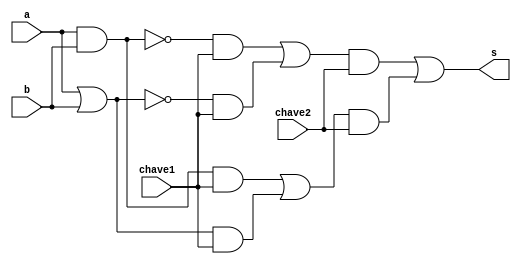
// -------------------------
// Exemplo0033 - F4 Utilizando Chave
// Nome: Fbio Fiuza Pereira
// -------------------------
// -------------------------
// f4_gate
// -------------------------


module f4 (output s, input a,input b, input chave1, input chave2);

wire s1, s2, s3, s4, s5, s6, s7, s8, s9, s10, s11, s12;

//portas nativas

and and1(s1, a, b);
or  or1 (s2, a, b);
nand nand1(s3, a, b);
nor  nor1 (s4, a, b);
and and2(s5, s1, chave1);
and and3(s6, s2, chave1);
and and4(s7, s3, chave1);
and and5(s8, s4, chave1);
or  or2 (s9, s5, s6);
or  or3 (s10, s7, s8);
and and6(s11, s9, chave2);
and and7(s12, s10, chave2);
or  or4 (s, s12, s11);


endmodule // f4
module test_f4;


// ------------------------- definir dados


reg x;
reg y;
reg chave1;
reg chave2;
wire s;
f4 modulo (s, x, y, chave1, chave2);


// ------------------------- parte principal


initial begin
$display("Exemplo0033 - Fbio Fiuza Pereira - 406087");
$display("Test LU");

x = 0; y = 0; chave1 = 1; chave2 = 1;

$monitor("x = %1b -- y = %1b chave1 = %1b  chave2 = %1b Resultado = %1b",x,y,chave1, chave2, s );

#1x = 0; y = 1; chave1 = 1; chave2 = 1;
#1x = 1; y = 0; chave1 = 1; chave2 = 1;
#1x = 1; y = 1; chave1 = 1; chave2 = 1;

#1x = 0; y = 0; chave1 = 0; chave2 = 1;
$display("\n");
#1x = 0; y = 1; chave1 = 0; chave2 = 0;
#1x = 1; y = 0; chave1 = 0; chave2 = 0;
#1x = 1; y = 1; chave1 = 0; chave2 = 0;

#1x = 0; y = 0; chave1 = 1; chave2 = 0;
$display("\n");
#1x = 0; y = 1; chave1 = 1; chave2 = 0;
#1x = 1; y = 0; chave1 = 1; chave2 = 0;
#1x = 1; y = 1; chave1 = 1; chave2 = 0;

end
endmodule // test_f4